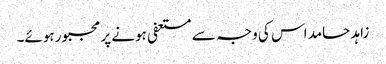
زاہد حامد اس کی وجہ سے مستعفی ہونے پر مجبور ہوئے۔